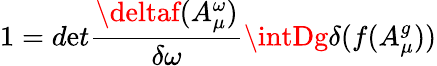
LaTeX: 1=d\mathrm{e}t\frac{{\deltaf(A_{\mu}^{\omega})}}{{\delta\omega}}\intDg\delta(f(A_{\mu}^{g}))